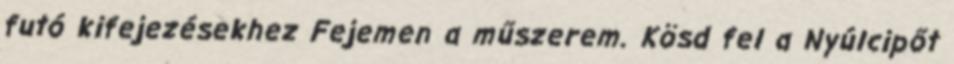
futó kifejezésekhez Fejemen a műszerem. Kösd fel a Nyúlcipőt